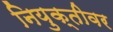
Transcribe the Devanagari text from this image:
नियुक्तीवर